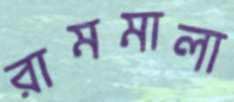
রামমালা